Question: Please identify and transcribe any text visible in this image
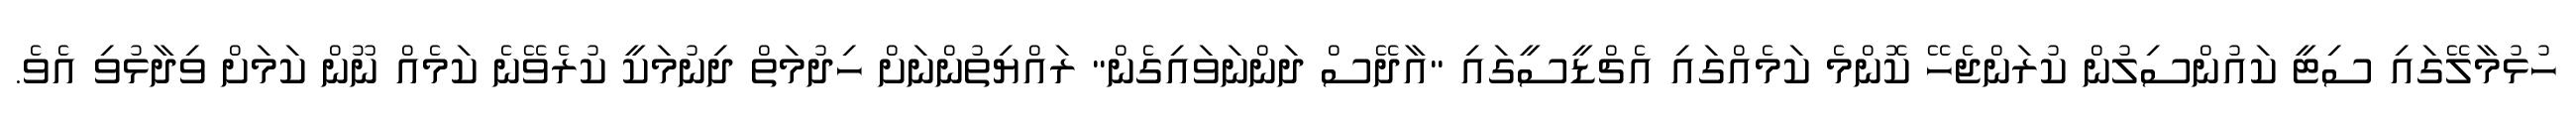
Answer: ހުޅުމާލޭގައި ސިޓީ ކައުންސިލުން ކުރަންޖެހޭ ކޮންމެ ކަމެއްގައި އެޗްޑީސީގައި "އާދޭސް ދަންނަވައިގެން" ރައްޔިތުންނަށް ހިދުމަތް ދިނުމަކީ ކުރެވޭނެ ކަމެއް ނޫން ކަމަށް ވިދާޅުވި އެވެ.